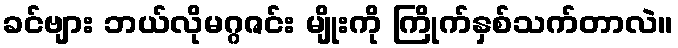
ခင်ဗျား ဘယ်လိုမဂ္ဂဇင်း မျိုးကို ကြိုက်နှစ်သက်တာလဲ။